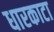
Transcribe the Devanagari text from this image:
धारकाटा